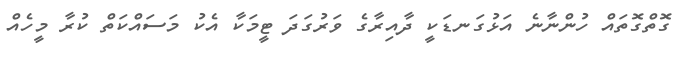
ގޮތްގޮތައް ހުންނާނެ އަޅުގަނޑަކީ ދާއިރާގެ ވަރުގަދަ ޓީމަކާ އެކު މަސައްކަތް ކުރާ މީހެއް